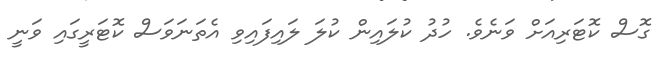
ގޮސް ކޮޓަރިއަށް ވަނެވެ. ހުދު ކުލައިން ކުލަ ލައިފައިވި އެތަނަވަސް ކޮޓަރީގައި ވަނީ